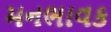
મનભાવક